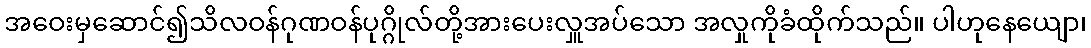
အဝေးမှဆောင်၍သိလဝန်ဂုဏဝန်ပုဂ္ဂိုလ်တို့အားပေးလှူအပ်သော အလှုကိုခံထိုက်သည်။ ပါဟုနေယျော၊